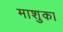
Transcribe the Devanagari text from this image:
माशुका